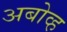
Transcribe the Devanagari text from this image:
अबोव्ह